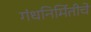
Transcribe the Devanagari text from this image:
गंधनिर्मितीचे